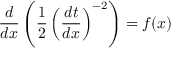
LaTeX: { \frac { d } { d x } } \left( { \frac { 1 } { 2 } } \left( { \frac { d t } { d x } } \right) ^ { - 2 } \right) = f ( x )